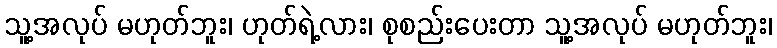
သူ့အလုပ် မဟုတ်ဘူး၊ ဟုတ်ရဲ့လား၊ စုစည်းပေးတာ သူ့အလုပ် မဟုတ်ဘူး၊